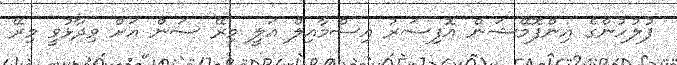
ފުލުހުންގެ އިންފޮމޭޝަން އޮފިސަރު އިސްމާއިލް އަލީ މިރޭ ސަން އަށް ވިދާޅުވީ މިރޭ